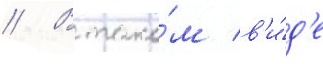
// В тако́м в'и́д'е